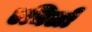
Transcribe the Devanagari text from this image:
एञिलो